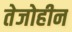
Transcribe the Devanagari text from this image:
तेजोहीन